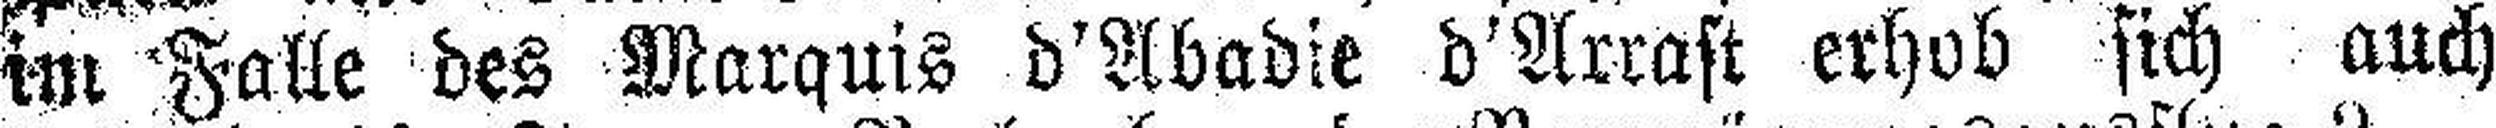
im Falle des Marquis d'Abadie d'Arrast erhob sich auch